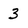
Character: 3